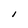
Character: I